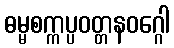
ဓမ္မစက္ကပ္ပဝတ္တနဝဂ္ဂေါ